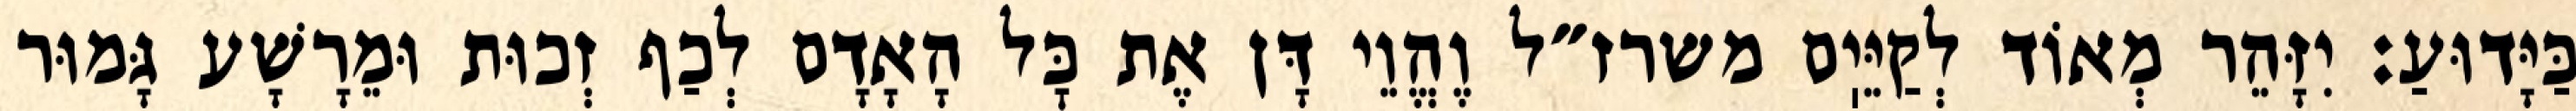
כַּיָּדוּעַ: יִזָּהֵר מְאוֹד לְקַיֵּיֽם משרז״ל וֶהֱוֵי דָּן אֶת כׇּל הָאָדָם לְכַף זְכוּת וּמֵרָשָׁע גָּמוּר